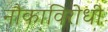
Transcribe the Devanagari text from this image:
नौकाविरोधी